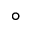
^ \circ